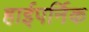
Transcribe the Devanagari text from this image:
हाईपर्निक